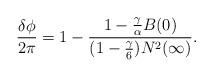
\begin{align*}\frac{\delta\phi}{2\pi} =1-\frac{1-\frac{\gamma}{\alpha} B(0)}{(1-{\gamma\over 6})N^2(\infty)} .\end{align*}